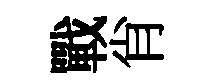
戰肖